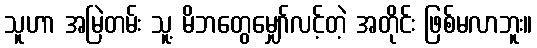
သူဟာ အမြဲတမ်း သူ့ မိဘတွေမျှော်လင့်တဲ့ အတိုင်း ဖြစ်မလာဘူး။